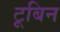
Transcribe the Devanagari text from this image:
टूबिन